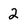
Character: 2